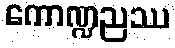
ကောဏ္ဍညဿ